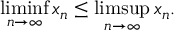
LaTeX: \operatorname* { l i m i n f } _ { n \to \infty } x _ { n } \leq \operatorname* { l i m s u p } _ { n \to \infty } x _ { n } .